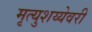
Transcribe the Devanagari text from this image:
मृत्युशय्येवरी